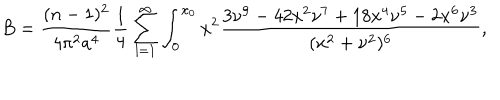
LaTeX: B = \frac { ( n - 1 ) ^ { 2 } } { 4 \pi ^ { 2 } a ^ { 4 } } \frac { 1 } { 4 } \sum _ { l = 1 } ^ { \infty } \int _ { 0 } ^ { x _ { 0 } } x ^ { 2 } \frac { 3 \nu ^ { 9 } - 4 2 x ^ { 2 } \nu ^ { 7 } + 1 8 x ^ { 4 } \nu ^ { 5 } - 2 x ^ { 6 } \nu ^ { 3 } } { ( x ^ { 2 } + \nu ^ { 2 } ) ^ { 6 } } ,